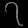
Digit: ၇